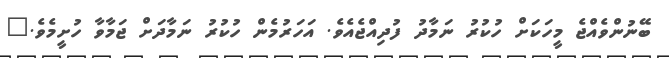
ބޭނުންވެއްޖެ މީހަކަށް ހުކުރު ނަމާދު ފުދިއްޖެއެވެ. އަހަރުމެން ހުކުރު ނަމާދަށް ޖަމާވާ ހުށީމެވެ."